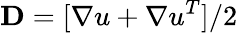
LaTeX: \mathbf{D}=[\nabla u+\nabla u^{T}]/2